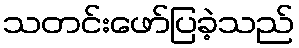
သတင်းဖော်ပြခဲ့သည်